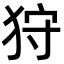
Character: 狩